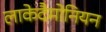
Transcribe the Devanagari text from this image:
लाकेदैमोनियन